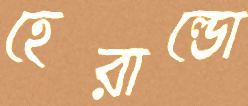
হেরাল্ডো